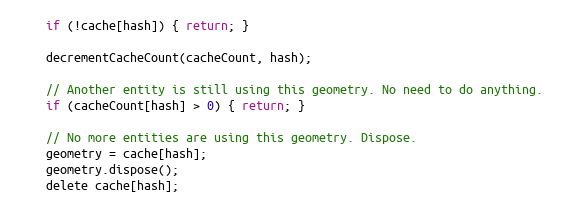
Language: JavaScript
    if (!cache[hash]) { return; }

    decrementCacheCount(cacheCount, hash);

    // Another entity is still using this geometry. No need to do anything.
    if (cacheCount[hash] > 0) { return; }

    // No more entities are using this geometry. Dispose.
    geometry = cache[hash];
    geometry.dispose();
    delete cache[hash];